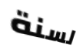
لسنة